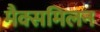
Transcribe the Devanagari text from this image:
मैक्समिलन